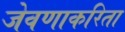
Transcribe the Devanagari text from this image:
जेवणाकरिता